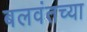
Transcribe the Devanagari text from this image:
बलवंतच्या